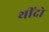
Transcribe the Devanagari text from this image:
थींदो